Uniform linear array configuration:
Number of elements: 12
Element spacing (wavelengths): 0.75
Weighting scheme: blackman
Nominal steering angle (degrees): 60
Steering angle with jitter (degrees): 59.031
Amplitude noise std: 0.05
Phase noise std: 0.05

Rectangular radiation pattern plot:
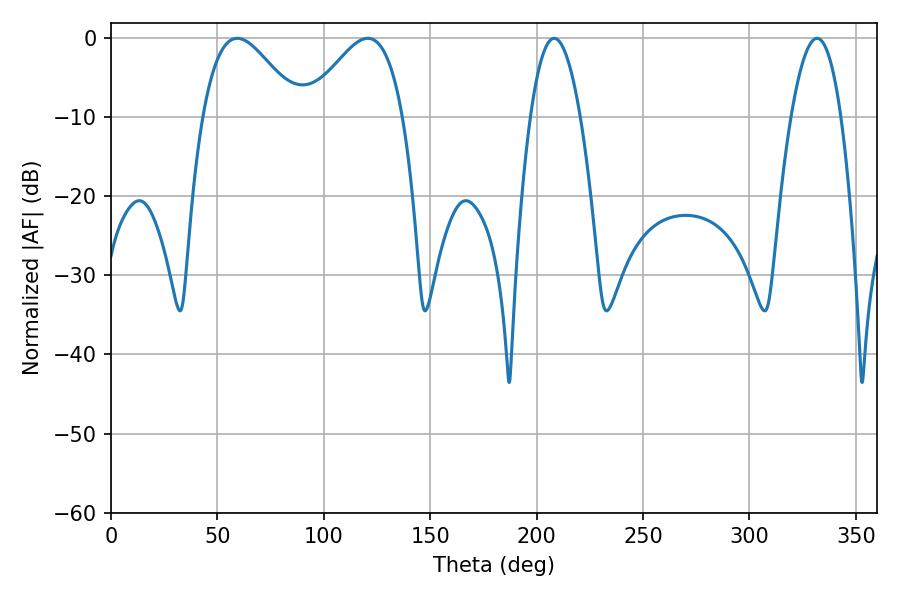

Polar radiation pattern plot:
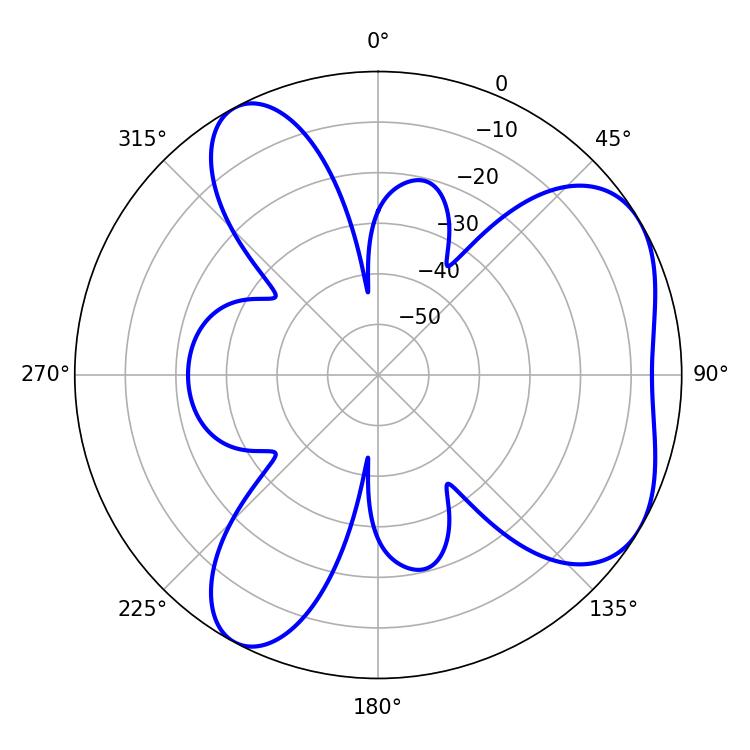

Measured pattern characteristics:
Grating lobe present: TRUE
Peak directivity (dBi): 5.262
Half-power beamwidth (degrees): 12.96
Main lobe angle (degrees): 208.26